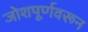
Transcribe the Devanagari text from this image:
जोशपूर्णवरून